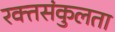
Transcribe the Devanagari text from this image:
रक्तसंकुलता